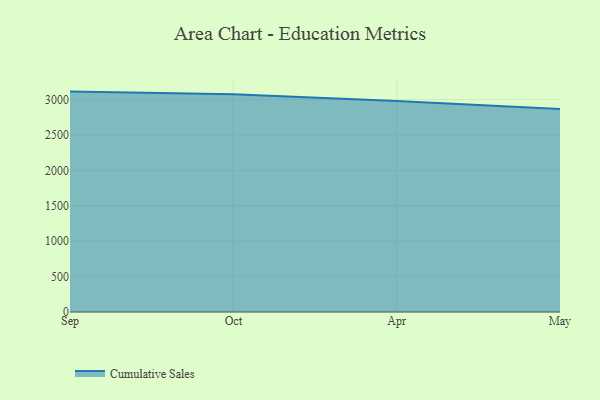
{"axis": {"x": "Month", "y": "Population (Million)"}, "legend": ["Cumulative Sales"], "data": [{"x": "Sep", "y": 3112.9, "type": "Cumulative Sales"}, {"x": "Oct", "y": 3075.6, "type": "Cumulative Sales"}, {"x": "Apr", "y": 2980.2, "type": "Cumulative Sales"}, {"x": "May", "y": 2866.9, "type": "Cumulative Sales"}]}